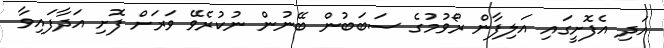
އަދި އެފޮށީގައި އަލިފާން ރޯވުމުގެ ސަބަބުން ބޭނުން ނުކުރެވޭ ވަރަށް ފޮށި އަދާފައިވާ